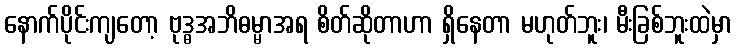
နောက်ပိုင်းကျတော့ ဗုဒ္ဓအဘိဓမ္မာအရ စိတ်ဆိုတာဟာ ရှိနေတာ မဟုတ်ဘူး၊ မီးခြစ်ဘူးထဲမှာ